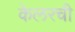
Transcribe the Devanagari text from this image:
केलरची